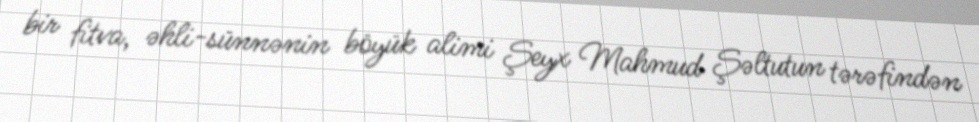
bir fitva, əhli-sünnənin böyük alimi Şeyx Mahmud Şəltutun tərəfindən